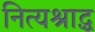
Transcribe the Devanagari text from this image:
नित्यश्राद्ध